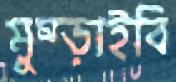
মুষ্‌ড়াইবি